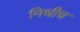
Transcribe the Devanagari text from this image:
निधीच